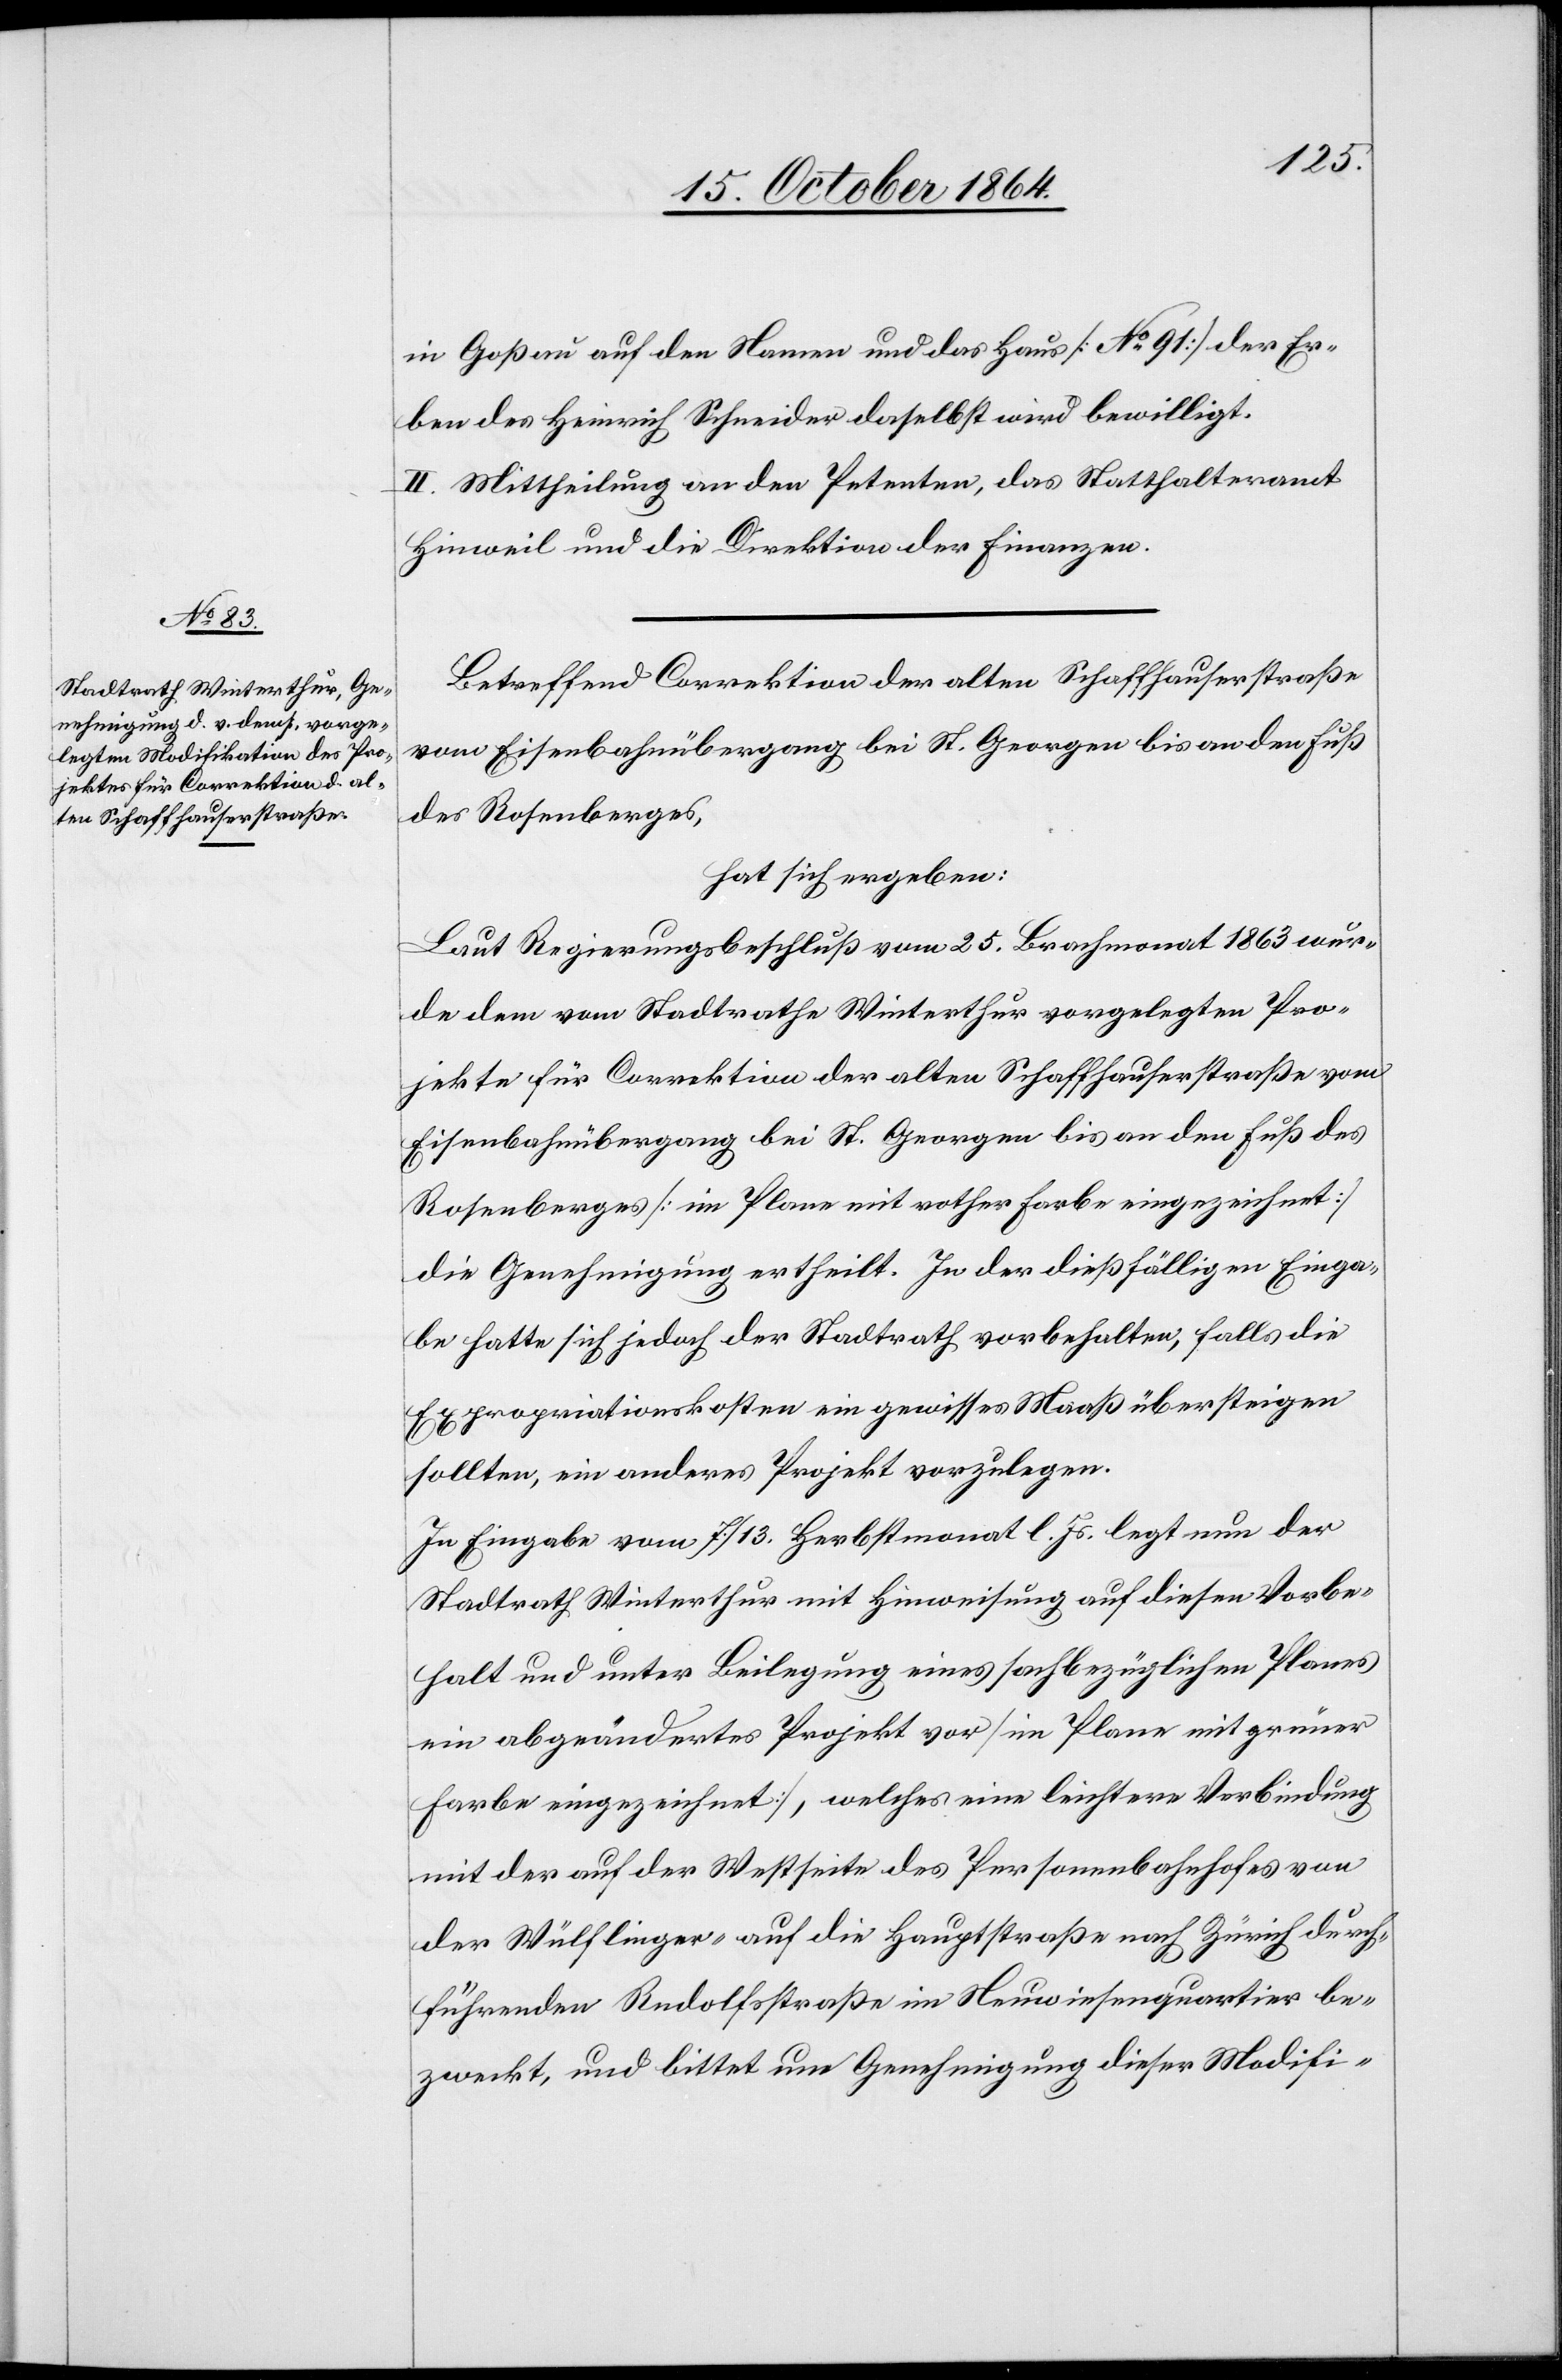
in Goßau auf den Namen und das haus [No 91] der Er¬
ben des Heinrich Schneider daselbst wird bewilligt.
II. Mittheilung an den Petenten, das Statthalteramt
Hinweil und die Direktion der Finanzen.
Betreffend Correktion der alten Schaffhauserstraße
vom Eisenbahnübergang bei St. Georgen bis an den Fuß
des Rosenberges,
hat sich ergeben:
Laut Regierungsbeschluß vom 25. Brachmonat 1863 wur¬
de dem vom Stadtrathe Winterthur vorgelegten Pro¬
jekte für Correktion der alten Schaffhauserstraße vom
Eisenbahnübergang bei St. Georgen bis an den Fuß des
Rosenberges [im Plane mit rother Farbe eingezeichnet]
die Genehmigung ertheilt. In der dießfälligen Einga¬
be hatte sich jedoch der Stadtrath vorbehalten, falls die
Expropriationskosten ein gewisses Maaß übersteigen
sollten, ein anderes Projekt vorzulegen.
In Eingabe vom 7./13. Herbstmonat l. Js. legt nun der
Stadtrath Winterthur mit Hinweisung auf diesen Vorbe¬
halt und unter Beilegung eines sachbezüglichen Planes
ein abgeändertes Projekt vor [im Plane mit grüner
Farbe eingezeichnet], welches eine leichtere Verbindung
mit der auf der Westseite des Personenbahnhofes von
der Wülflinger- auf die Hauptstraße nach Zürich durch¬
führenden Rudolfstraße im Neuwiesenquartier be¬
zweckt, und bittet um Genehmigung dieser Modifi-